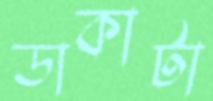
ডাকাটা